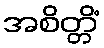
အစိတ္တိံ